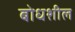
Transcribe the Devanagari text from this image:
बोधशील